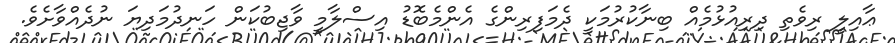
ޢާއިލީ ރިވެތި ދިރިއުޅުމެއް ބިނާކުރުމަކީ ދެމަފިރިންގެ އެންމެބޮޑު އިސްލާމީ ވާޖިބުކަން ހަނދުމަދިޔަ ނުދެއްވާށެވެ.